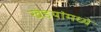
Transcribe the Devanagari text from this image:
खेडयांमध्ये